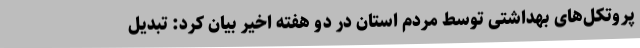
پروتکل‌های بهداشتی توسط مردم استان در دو هفته اخیر بیان کرد: تبدیل